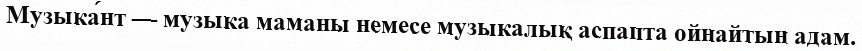
Музыка́нт — музыка маманы немесе музыкалық аспапта ойнайтын адам.